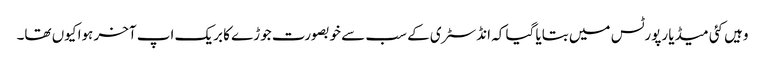
وہیں کئی میڈیا رپورٹس میں بتایا گیا کہ انڈسٹری کے سب سے خوبصورت جوڑے کا بریک اپ آخر ہوا کیوں تھا۔